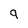
Character: 9